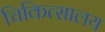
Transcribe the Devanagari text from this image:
चिकित्‍सालय